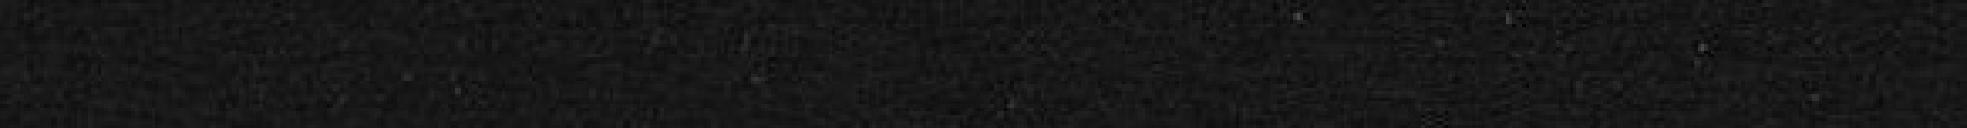
Total de la dixième section